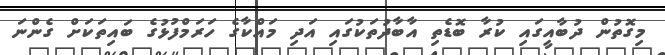
މިގޮތުން ދުބާއީގައި ކުރާ ބޮޑެތި އާބާދުތަކުގައި އަދި މައްކާގެ ހަރަމްފުޅުގެ ބައިތަކަށް ގެންނަ